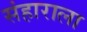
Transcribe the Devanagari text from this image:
संहाराला